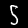
Digit: 5